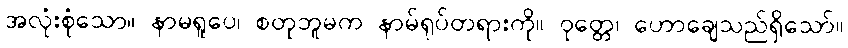
အလုံးစုံသော။ နာမရူပေ၊ စတုဘူမက နာမ်ရုပ်တရားကို။ ဝုတ္တေ၊ ဟောချေသည်ရှိသော်။